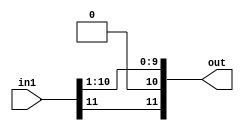
`timescale 1ns/1ns
module RightShifter(
  input [11:0]in1,
  output reg[11:0]out
  );
  
  reg[10:0]inVal;
  
  always @(*) begin
    inVal=in1[10:0];
  end
  
  always @(*) begin
    out[10:0]=(inVal>>1);
    out[11]=in1[11];
  end
  
endmodule